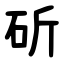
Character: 斫